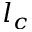
l _ { c }